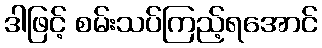
ဒါဖြင့် စမ်းသပ်ကြည့်ရအောင်